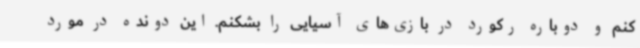
کنم و دوباره رکورد در بازی‌های آسیایی را بشکنم. این دونده در مورد